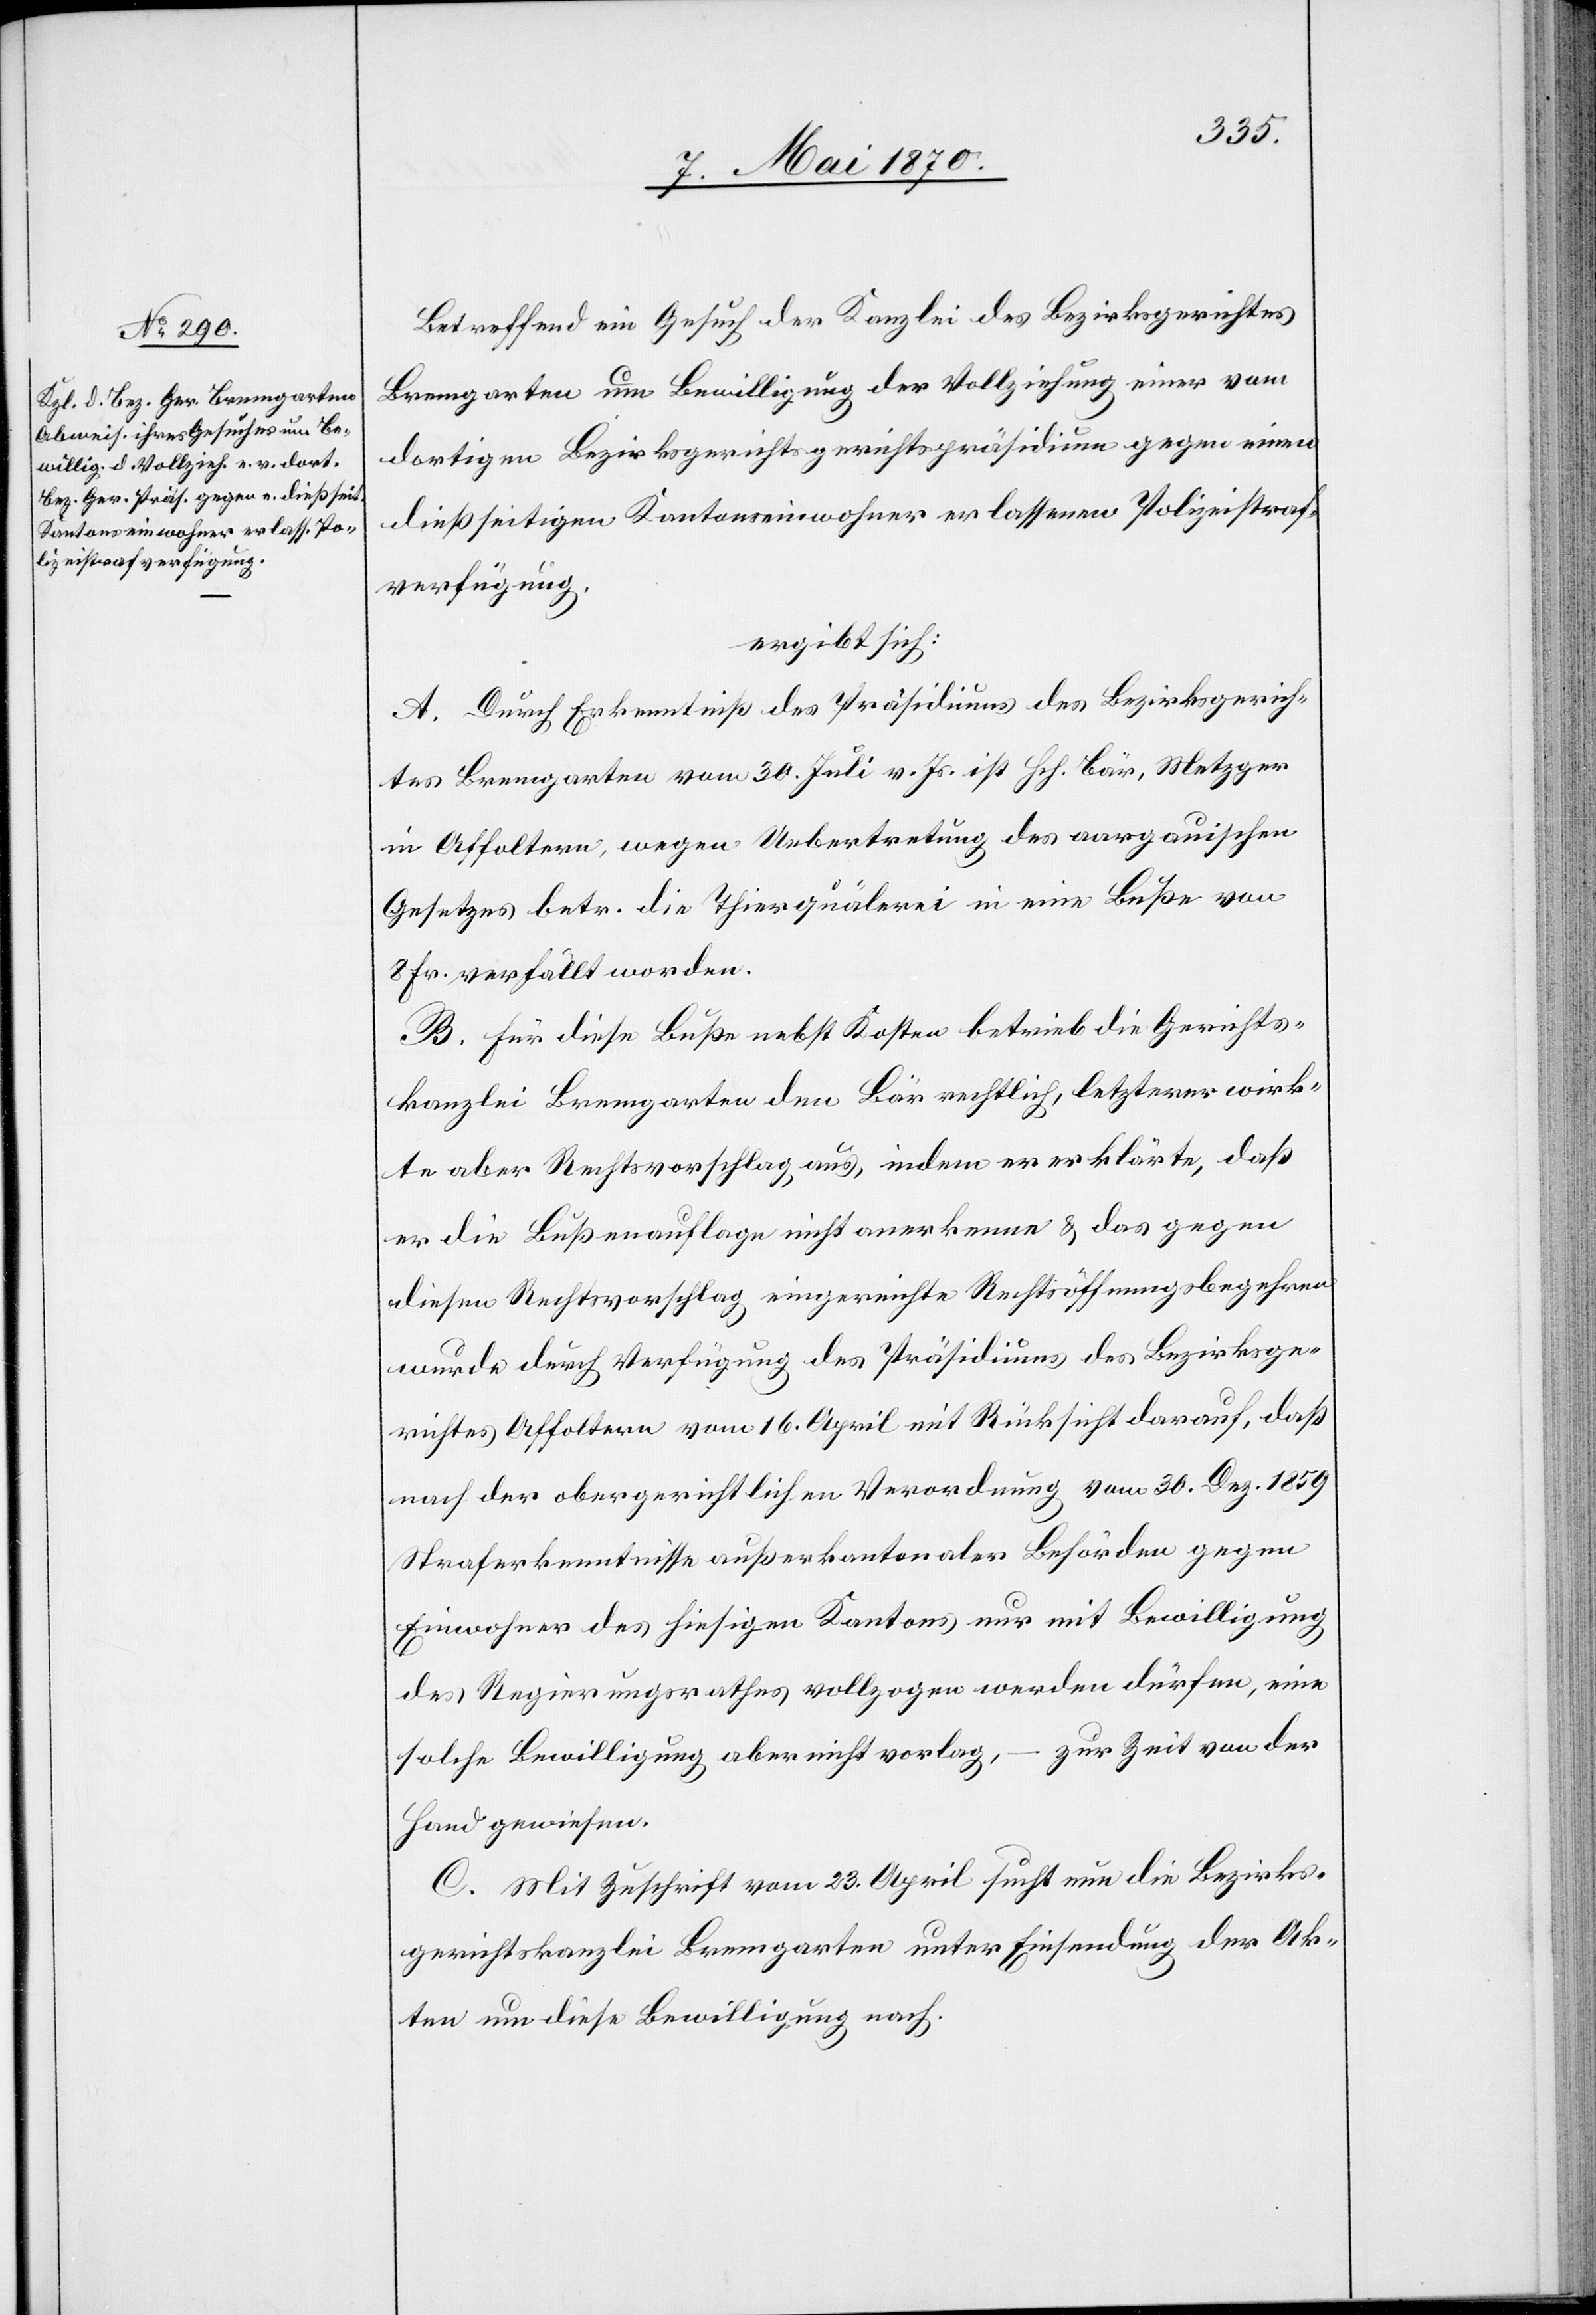
Betreffend ein Gesuch der Kanzlei des Bezirksgerichtes
Bremgarten um Bewilligung der Vollziehung einer vom
dießseitigen Kantonseinwohner erlassenen Polizeistraf¬
verfügung.
ergibt sich:
A. Durch Erkenntniß des Präsidiums des Bezirksgerich¬
tes Bremgarten vom 30. Juli vor. Js. ist Hch. Bär, Metzger
in Affoltern, wegen Uebertretung des aargauischen
Gesetzes betr. die Thierquälerei in eine Buße von
8 Fr. verfällt worden.
B. Für diese Buße nebst Kosten betrieb die Gerichts¬
kanzlei Bremgarten den Bär rechtlich, letzterer wirk¬
te aber Rechtsvorschlag aus, indem er erklärte, daß
er die Bußenauflage nicht anerkenne & das gegen
diesen Rechtsvorschlag eingereichte Rechtsöffnungsbegehren
wurde durch Verfügung des Präsidiums des Bezirksge¬
richtes Affoltern vom 16. April mit Rücksicht darauf, daß
nach der obergerichtlichen Verordnung vom 30. Dez. 1859
Straferkenntnisse außerkantonaler Behörden gegen
Einwohner des hiesigen Kantons nur mit Bewilligung
des Regierungsrathes vollzogen werden dürfen, eine
solche Bewilligung aber nicht vorlag, – zur Zeit von der
Hand gewiesen.
C. Mit Zuschrift vom 23. April sucht nun die Bezirks¬
gerichtskanzlei Bremgarten unter Einsendung der Ak¬
ten um diese Bewilligung nach.